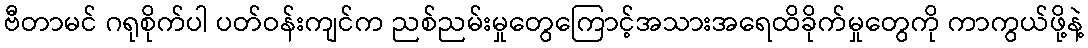
ဗီတာမင် ဂရုစိုက်ပါ ပတ်ဝန်းကျင်က ညစ်ညမ်းမှုတွေကြောင့်အသားအရေထိခိုက်မှုတွေကို ကာကွယ်ဖို့နဲ့